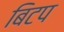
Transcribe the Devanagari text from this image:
बिटप